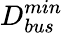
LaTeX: D_{bus}^{min}